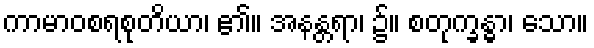
ကာမာဝစရစုတိယာ၊ ၏။ အနန္တရာ၊ ၌။ စတုက္ခန္ဓာ၊ သော။